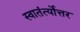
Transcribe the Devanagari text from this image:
स्वातंर्त्योत्तर